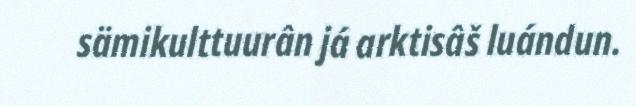
sämikulttuurân já arktisâš luándun.